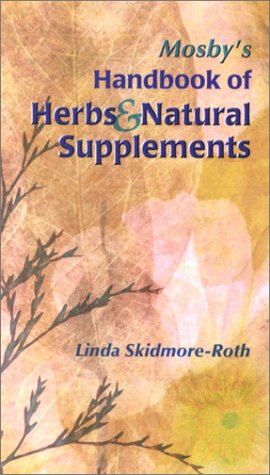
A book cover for Mosby's Handbook of Herbs & Natural Supplements; Linda Skidmore-Roth RN  MSN  NP; Medical Books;